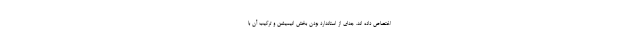
اختصاص داده اند. جدای از استاندارد بودن بخش انیمیشن و ترکیب آن با